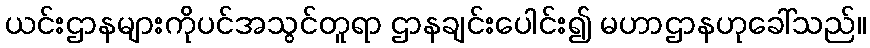
ယင်းဌာနများကိုပင်အသွင်တူရာ ဌာနချင်းပေါင်း၍ မဟာဌာနဟုခေါ်သည်။